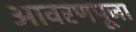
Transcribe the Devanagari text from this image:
आवरणपूजा